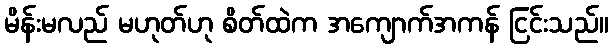
မိန်းမလည် မဟုတ်ဟု စိတ်ထဲက အကျောက်အကန် ငြင်းသည်။